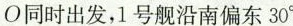
O同时出发，1号舰沿南偏东30^{\circ}